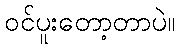
ဝင်ပူးတော့တာပဲ။